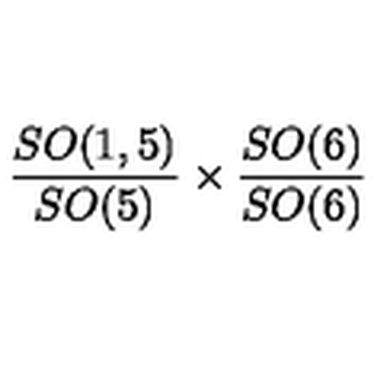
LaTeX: { \frac { S O ( 1 , 5 ) } { S O ( 5 ) } } \times { \frac { S O ( 6 ) } { S O ( 6 ) } }